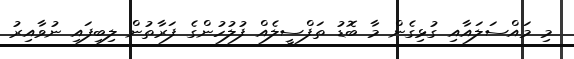
މި މައްސަލައާއި ގުޅިގެން މާ ބޮޑު ތަފްސީލެއް ފުލުހުންގެ ފަރާތުން ލިބިފައި ނުވާއިރު